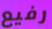
رفيع